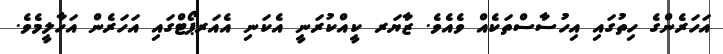
އަހަރެންގެ ހިތުގައި އިހުސާސްތަކެއް ވެއެވެ. ޒާޔަރ ކީއްކުރަނީ އެކަނި އެއަރޕޯޓްގައި އަހަރެން އަހާލީމެވެ.